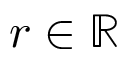
r \in \mathbb { R }